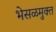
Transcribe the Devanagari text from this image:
भेसळमुक्त